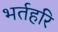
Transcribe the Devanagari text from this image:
भर्तहरि